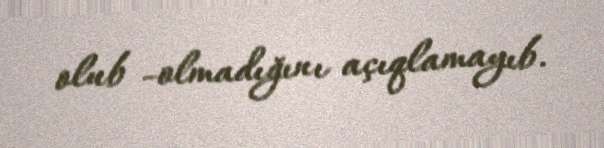
olub -olmadığını açıqlamayıb.